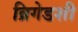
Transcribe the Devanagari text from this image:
ब्रिगेडशी